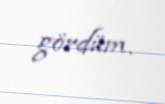
gördüm.